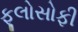
ફૂલોસોફી